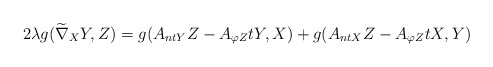
\begin{align*}2\lambda g(\widetilde\nabla_{X}Y,Z)=g(A_{ntY}Z-A_{\varphi Z}tY,X)+g(A_{ntX}Z-A_{\varphi Z}tX,Y)\end{align*}